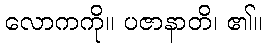
လောကကို။ ပဇာနာတိ၊ ၏။